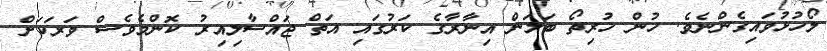
ލޯހުޅުވައިގެންނެވެ. ހުން ހުރިތޯ ބަލަން އިނާރާގެ ކަރުގައި އަތް ޖައްސާލިއިރު ކޮންމެވެސް ވަރަކަށް